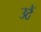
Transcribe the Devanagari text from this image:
उठैं